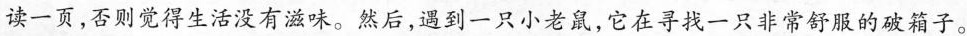
读一页，否则觉得生活没有滋味。然后，遇到一只小老鼠，它在寻找一只非常舒服的破箱子。